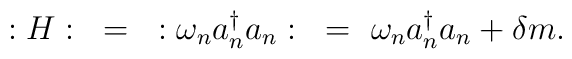
:H:~=~:\omega_na^{\dagger}_na_n:~=~\omega_na^{\dagger}_na_n+\delta m.